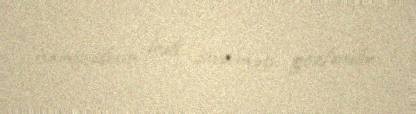
namizədinin irəli sürülməsi gözlənilir.